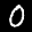
Label: 0